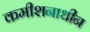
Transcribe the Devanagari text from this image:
कमीशनाधीन